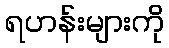
ရဟန်းများကို